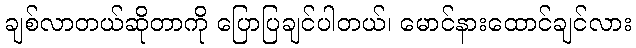
ချစ်လာတယ်ဆိုတာကို ပြောပြချင်ပါတယ်၊ မောင်နားထောင်ချင်လား